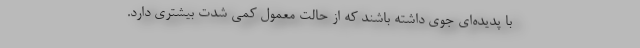
با پدیده‌ای جوی داشته باشند که از حالت معمول کمی شدت بیشتری دارد.